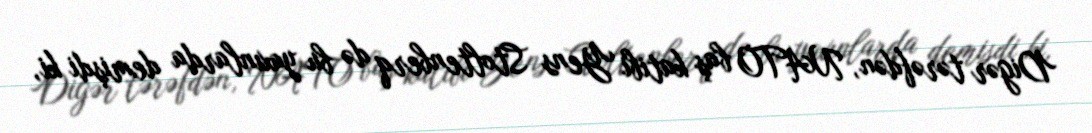
Digər tərəfdən, NATO baş katibi Yens Stoltenberq də bu yaxınlarda demişdi ki,